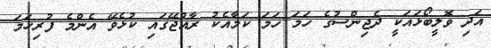
އަދި ވޮލީބޯޅައަކީ ދެޖިންސުގެ ހަމަ ހަމަ ކަމާއެކު ރާއްޖޭގައި ކުޅެވޭ އެންމެ ފުރިހަމަ